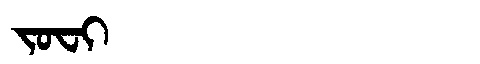
Manchu: ᠵᠣᠸᡳ
Romanization: JOFI